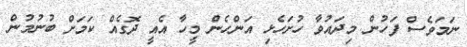
ނަމަވެސް ފަހުން މިދައުވާ ހުށަހެޅި އަންހެން މީހާ އެއީ ދޮގެއް ކަމަށް ބުނުމުން